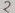
Text: 2